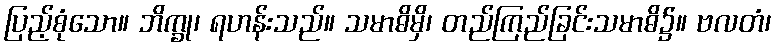
ပြည့်စုံသော။ ဘိက္ခု၊ ရဟန်းသည်။ သမာဓိမှိ၊ တည်ကြည်ခြင်းသမာဓိ၌။ ဗလတံ၊